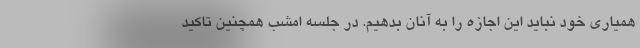
همیاری خود نباید این اجازه را به آنان بدهیم. در جلسه امشب همچنین تاکید